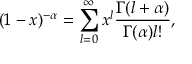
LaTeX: ( 1 - x ) ^ { - \alpha } = \sum _ { l = 0 } ^ { \infty } x ^ { l } \frac { \Gamma ( l + \alpha ) } { \Gamma ( \alpha ) l ! } ,